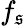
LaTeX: f_{\mathfrak{s}}